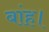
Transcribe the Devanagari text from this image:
बांह।